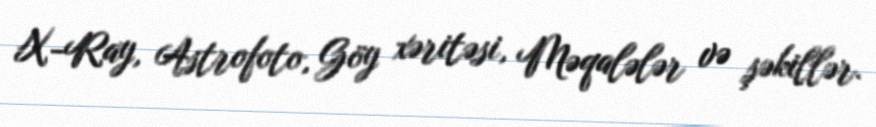
X-Ray, Astrofoto, Göy xəritəsi, Məqalələr və şəkillər.